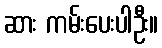
ဆား ကမ်းပေးပါဦး။